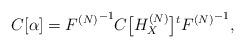
LaTeX: \begin{align*}C[\alpha]={F^{(N)}}^{-1}C\bigl[H_X^{(N)}\bigr]{^t{F^{(N)}}^{-1}}, \end{align*}